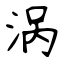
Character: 涡